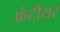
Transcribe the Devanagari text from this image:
फ्रंटीयर